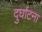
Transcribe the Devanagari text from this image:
दुर्घाटना